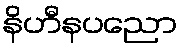
နိဟီနပညော